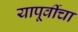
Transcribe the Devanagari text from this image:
यापूर्वीचा